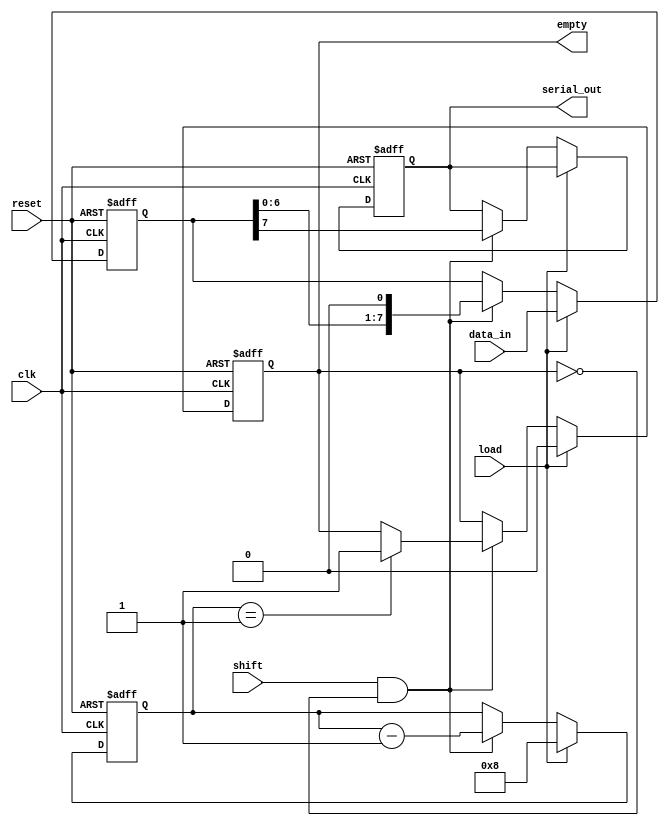
module Loadable_PISO_Register #(
    parameter WIDTH = 8  // Parameter to define the width of the register
)(
    input wire clk,          // Clock signal
    input wire reset,        // Reset signal
    input wire load,         // Load signal
    input wire shift,        // Shift signal
    input wire [WIDTH-1:0] data_in, // Parallel data input
    output reg serial_out,    // Serial output
    output reg empty          // Indicates if the register is empty (optional)
);

    // Internal register to hold the data
    reg [WIDTH-1:0] shift_reg;
    reg [3:0] count; // Counter to track the number of bits shifted out

    always @(posedge clk or posedge reset) begin
        if (reset) begin
            // Reset the shift register and output
            shift_reg <= 0;
            serial_out <= 0;
            empty <= 1;
            count <= 0;
        end else begin
            if (load) begin
                // Load data into the register
                shift_reg <= data_in;
                empty <= 0; // Register is not empty after loading
                count <= WIDTH; // Set count to the width of the data
            end else if (shift && !empty) begin
                // Shift the data out serially
                serial_out <= shift_reg[WIDTH-1]; // Output the MSB
                shift_reg <= shift_reg << 1; // Shift left
                count <= count - 1; // Decrement the count

                // Check if the register is empty after shifting
                if (count == 1) begin
                    empty <= 1; // Set empty flag if all bits are shifted out
                end
            end
        end
    end
endmodule